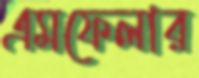
এমফেলার